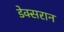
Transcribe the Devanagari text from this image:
डेक्सरान